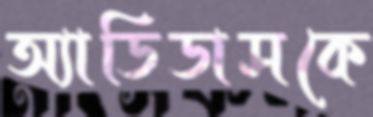
অ্যাডিডাসকে